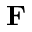
\mathbf { F }